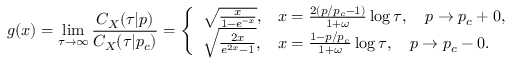
g ( x ) = \operatorname* { l i m } _ { \tau \rightarrow \infty } \frac { C _ { X } ( \tau | p ) } { C _ { X } ( \tau | p _ { c } ) } = \left\{ \begin{array} { l l } { \sqrt { \frac { x } { 1 - e ^ { - x } } } , } & { x = \frac { 2 ( p / p _ { c } - 1 ) } { 1 + \omega } \log \tau , \quad p \rightarrow p _ { c } + 0 , } \\ { \sqrt { \frac { 2 x } { e ^ { 2 x } - 1 } } , } & { x = \frac { 1 - p / p _ { c } } { 1 + \omega } \log \tau , \quad p \rightarrow p _ { c } - 0 . } \end{array} \right.